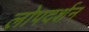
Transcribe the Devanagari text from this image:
लोपदर्शन